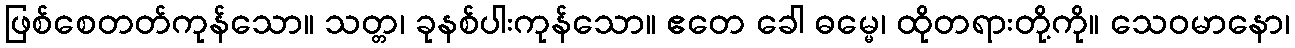
ဖြစ်စေတတ်ကုန်သော။ သတ္တ၊ ခုနစ်ပါးကုန်သော။ ဧတေ ခေါ ဓမ္မေ၊ ထိုတရားတို့ကို။ သေဝမာနော၊